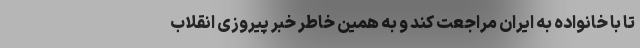
تا با خانواده به ایران مراجعت کند و به همین خاطر خبر پیروزی انقلاب